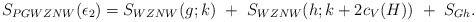
\begin{align*}S_{PGWZNW}(\epsilon_2)=S_{WZNW}(g;k)~+~S_{WZNW}(h;k+2c_V(H))~+~S_{Gh}.\end{align*}